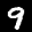
Label: 9